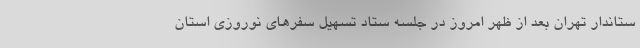
ستاندار تهران بعد از ظهر امروز در جلسه ستاد تسهیل سفرهای نوروزی استان